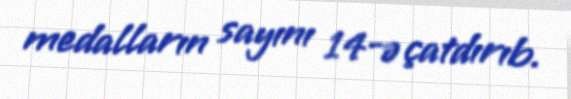
medalların sayını 14-ə çatdırıb.